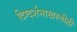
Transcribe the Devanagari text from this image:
दिग्दर्शनाखालीही